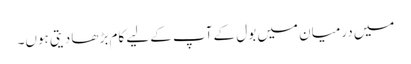
میں درمیان میں بول کے آپ کے لیے کام بڑھا دیتی ہوں۔